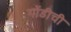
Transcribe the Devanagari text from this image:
गोंडीची